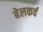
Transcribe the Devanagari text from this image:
बेलकर्व